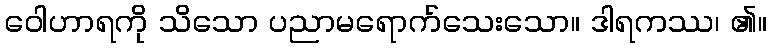
ဝေါဟာရကို သိသော ပညာမရောက်သေးသော။ ဒါရကဿ၊ ၏။